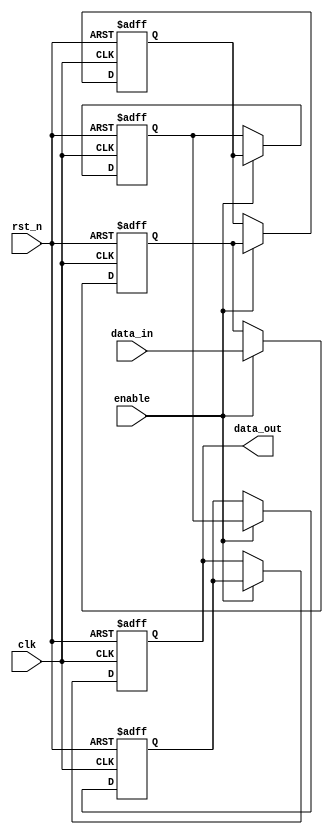
module multistage_register #(
    parameter NUM_STAGES = 4, // Number of stages
    parameter DATA_WIDTH = 8   // Width of data
)(
    input wire clk,                  // Clock signal
    input wire rst_n,                // Active low asynchronous reset
    input wire enable,               // Enable signal for data storage
    input wire [DATA_WIDTH-1:0] data_in, // Data input to the first stage
    output reg [DATA_WIDTH-1:0] data_out // Data output from the last stage
);

    // Declare internal registers for each stage
    reg [DATA_WIDTH-1:0] stage [0:NUM_STAGES-1];

    // Sequential logic for each stage
    integer i;
    always @(posedge clk or negedge rst_n) begin
        if (~rst_n) begin
            // Asynchronous reset
            for (i = 0; i < NUM_STAGES; i = i + 1) begin
                stage[i] <= 0;
            end
            data_out <= 0;
        end else if (enable) begin
            // Shift data through stages
            stage[0] <= data_in; // First stage captures input
            for (i = 1; i < NUM_STAGES; i = i + 1) begin
                stage[i] <= stage[i-1]; // Propagate data through stages
            end
            data_out <= stage[NUM_STAGES-1]; // Output from the last stage
        end
    end

endmodule